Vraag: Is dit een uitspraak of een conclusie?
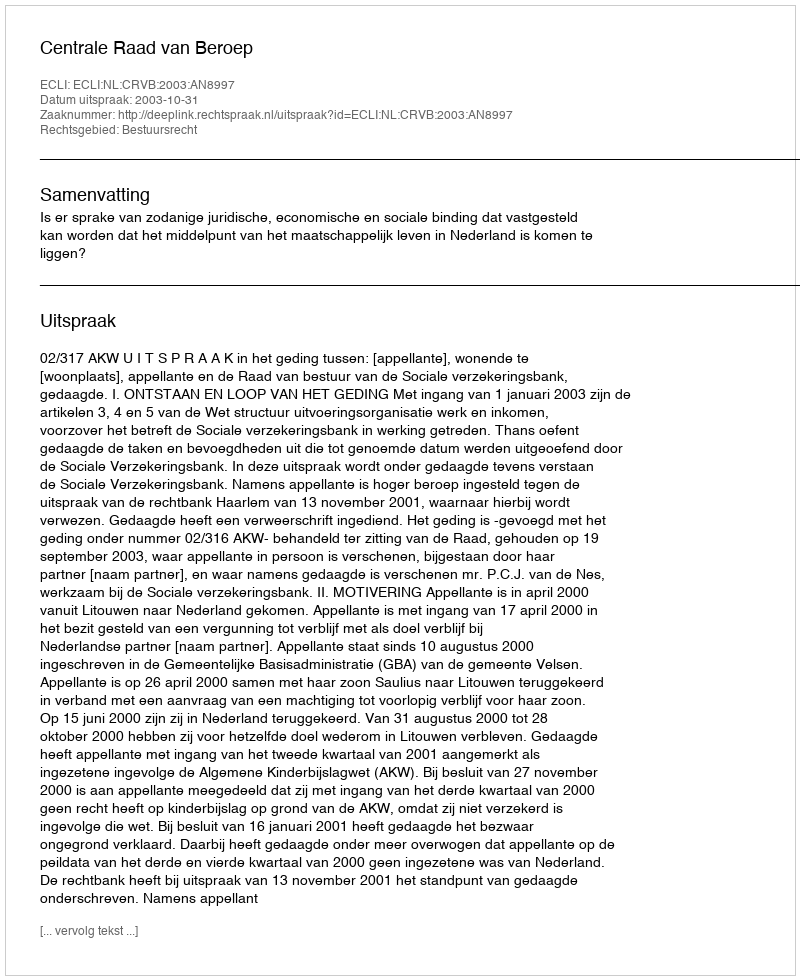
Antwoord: Uitspraak